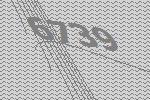
6739